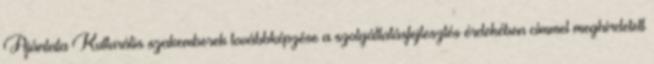
Ajánlata Kulturális szakemberek továbbképzése a szolgáltatásfejlesztés érdekében címmel meghirdetett